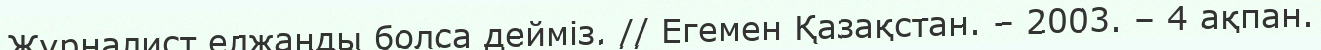
Журналист елжанды болса дейміз. // Егемен Қазақстан. – 2003. – 4 ақпан.